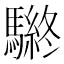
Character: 𲌀